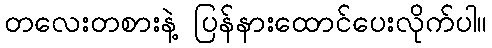
တလေးတစားနဲ့ ပြန်နားထောင်ပေးလိုက်ပါ။